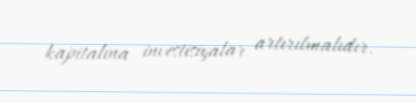
kapitalına investisiyalar artırılmalıdır.